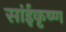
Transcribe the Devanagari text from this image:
सांईकृष्‍ण